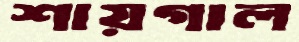
শায়গাল